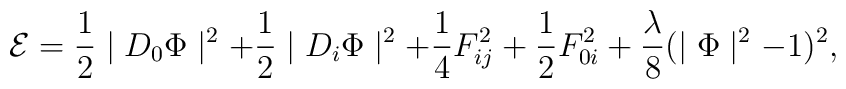
{\cal E} =\frac{1}{2} \mid D_{0} \Phi \mid^{2} +\frac{1}{2} \mid D_{i} \Phi \mid^{2} +\frac{1}{4} F_{ij}^{2} +\frac{1}{2} F_{0i}^{2} +\frac{\lambda}{8} ( \mid \Phi \mid^{2} - 1)^{2},